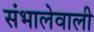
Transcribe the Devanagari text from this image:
संभालेवाली